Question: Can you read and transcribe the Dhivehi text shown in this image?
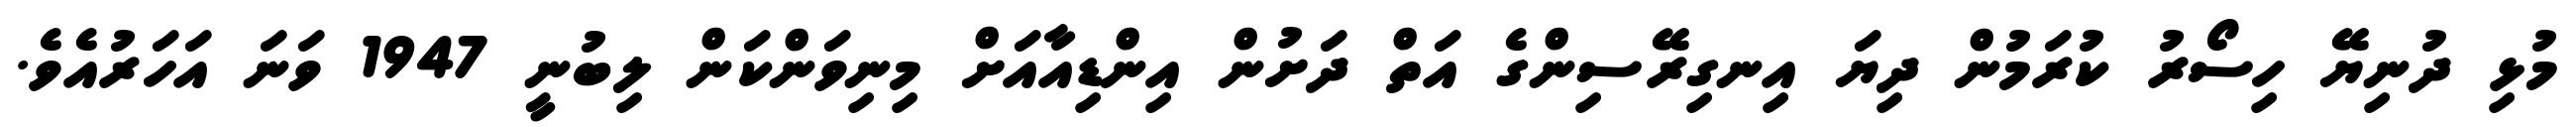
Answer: މުޅި ދުނިޔޭ ހިސޯރު ކުރަމުން ދިޔަ އިނގިރޭސިންގެ އަތް ދަށުން އިންޑިއާއަށް މިނިވަންކަން ލިބުނީ 1947 ވަނަ އަހަރުއެވެ.